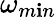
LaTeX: \omega_{m\mathbf{i}n}